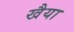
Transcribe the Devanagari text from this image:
खैया